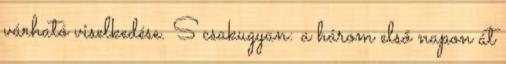
várható viselkedése. S csakugyan: a három első napon át